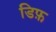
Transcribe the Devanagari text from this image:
डिफ़